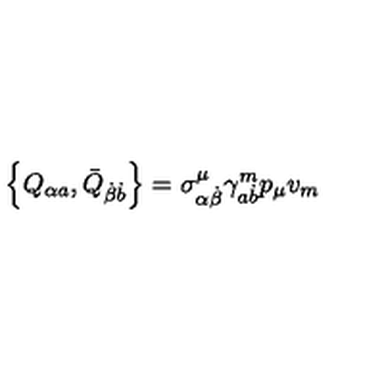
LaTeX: \left\{ Q _ { \alpha a } , \bar { Q } _ { \dot { \beta } \dot { b } } \right\} = \sigma _ { \alpha \dot { \beta } } ^ { \mu } \gamma _ { a \dot { b } } ^ { m } p _ { \mu } v _ { m }